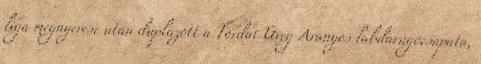
liga megnyerése után duplázott a Tordai Üveg Aranyos labdarúgócsapata,